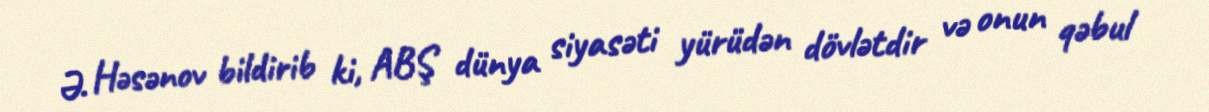
Ə. Həsənov bildirib ki, ABŞ dünya siyasəti yürüdən dövlətdir və onun qəbul